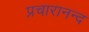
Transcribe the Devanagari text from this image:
प्रचारानन्द